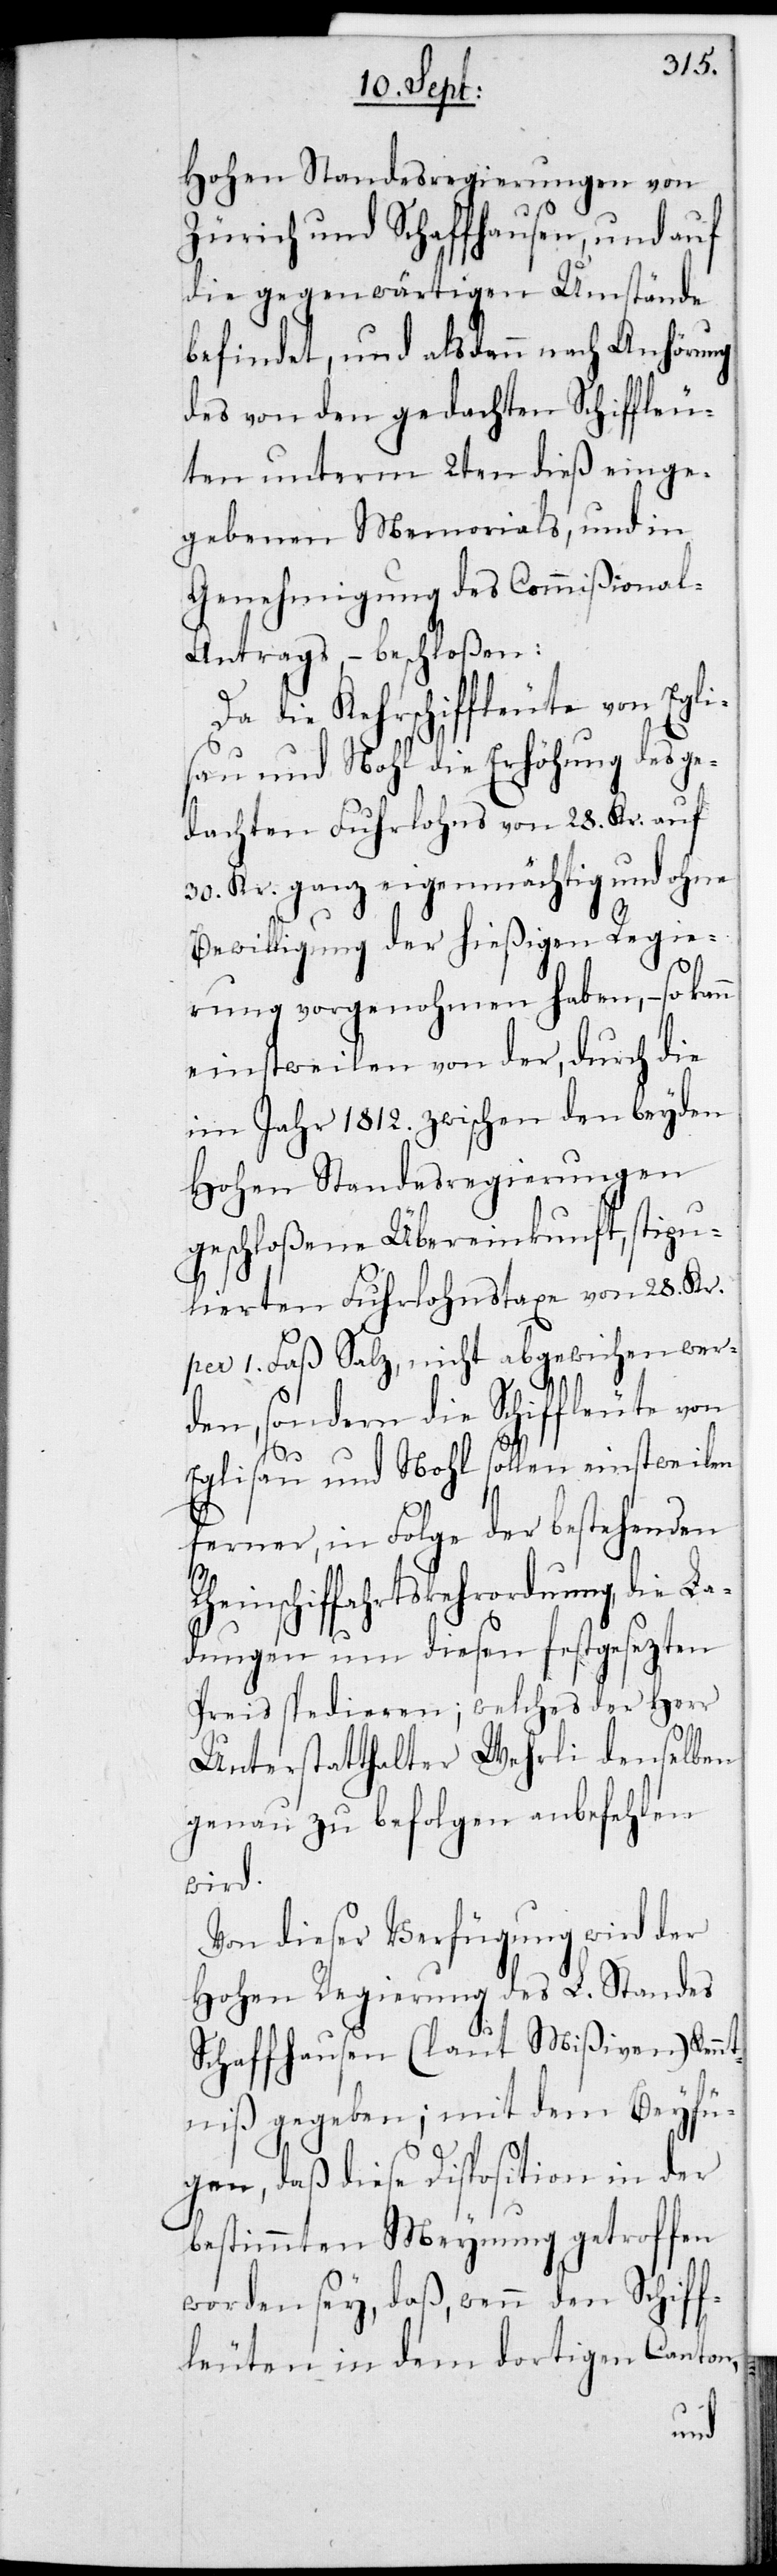
Hohen Standesregierungen von
Zürich und Schaffhausen, und auf
die gegenwärtigen Umstände
befindet, und als dann nach Anhörung
des von den gedachten Schiffleu¬
ten unterm 2ten dieß einge¬
gebenen Memorials, und in
Genehmigung des Commißional-A¬
ntrags, – beschloßen:
Da die Kehrschiffleute von Egli¬
sau und Nohl die Erhöhung des ge¬
dachten Fuhrlohns von 28. Kr. auf
30. Kr. ganz eigenmächtig und ohne
Bewilligung der hießigen Regie¬
rung vorgenohmen haben, – so kann
einstweilen von der, durch die
im Jahr 1812. zwischen den beyden
Hohen Standesregierungen
geschloßene Übereinkunft, stipu¬
lierten Fuhrlohnstaxe von 28. Kr.
per 1. Faß Salz, nicht abgewichen wer¬
den, sondern die Schiffleute von
R¬
Eglisau und Nohl sollen einstweilen
ferner, in Folge der bestehenden
heinschiffahrtskehrordnung die La¬
dungen um diesen festgesezten
Preis spedieren; welches der Herr
Unterstatthalter Wehrli denselben
genau zu befolgen anbefehlen
wird.
Von dieser Verfügung wird der
Hohen Regierung des L. Standes
Schaffhausen (laut Mißiven) Kennt¬
niß gegeben; mit dem Beyfü¬
gen, daß diese Disposition in der
bestimmten Meynung getroffen
worden sey, daß, wenn den Schiff¬
leuten in dem dortigen Canton,